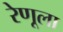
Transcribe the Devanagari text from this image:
रेणूला